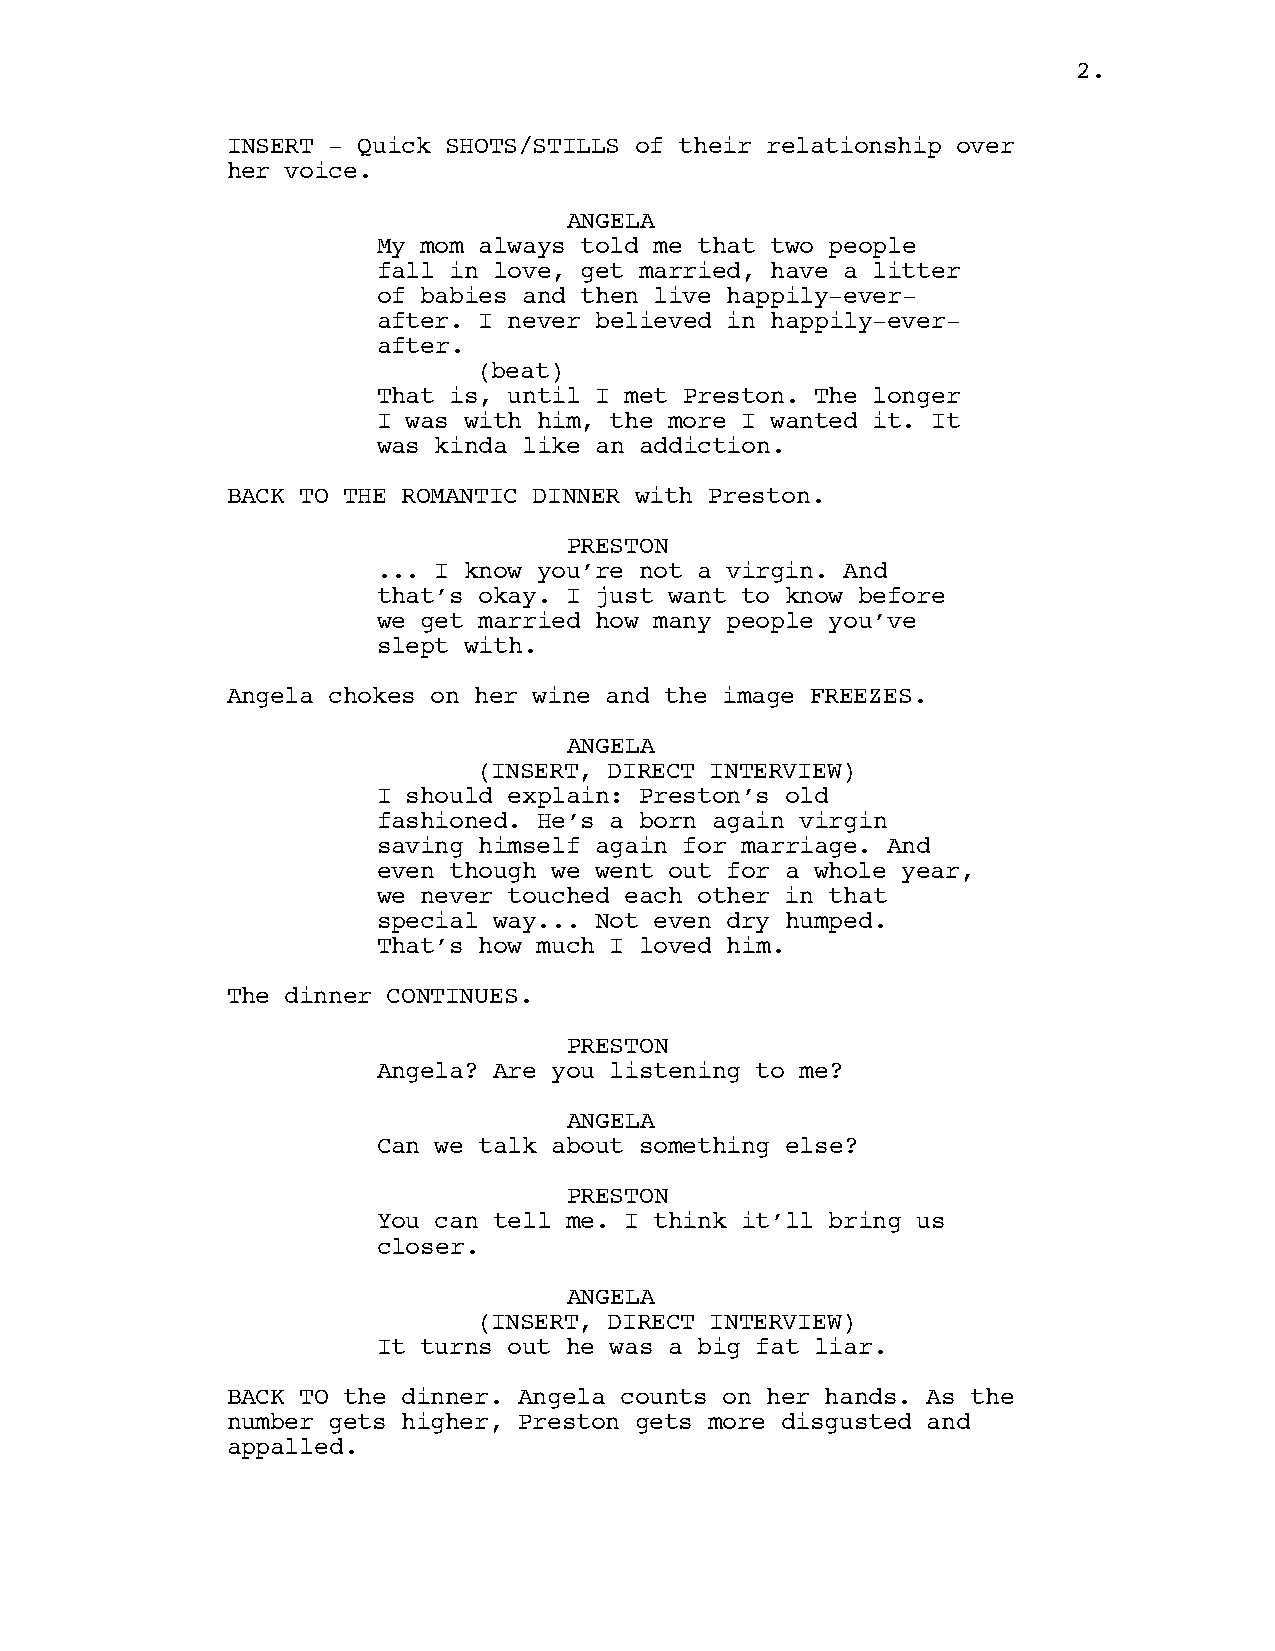
2.
 INSERT – Quick SHOTS/STILLS of their relationship over
 her voice.
 ANGELA
 My mom always told me that two people
 fall in love, get married, have a litter
 of babies and then live happily-ever-
 after. I never believed in happily-ever-
 after.
 (beat)
 That is, until I met Preston. The longer
 I was with him, the more I wanted it. It
 was kinda like an addiction.
 BACK TO THE ROMANTIC DINNER with Preston.
 PRESTON
 ... I know you’re not a virgin. And
 that’s okay. I just want to know before
 we get married how many people you’ve
 slept with.
 Angela chokes on her wine and the image FREEZES.
 ANGELA
 (INSERT, DIRECT INTERVIEW)
 I should explain: Preston’s old
 fashioned. He’s a born again virgin
 saving himself again for marriage. And
 even though we went out for a whole year,
 we never touched each other in that
 special way... Not even dry humped.
 That’s how much I loved him.
 The dinner CONTINUES.
 PRESTON
 Angela? Are you listening to me?
 ANGELA
 Can we talk about something else?
 PRESTON
 You can tell me. I think it’ll bring us
 closer.
 ANGELA
 (INSERT, DIRECT INTERVIEW)
 It turns out he was a big fat liar.
 BACK TO the dinner. Angela counts on her hands. As the
 number gets higher, Preston gets more disgusted and
 appalled.